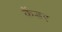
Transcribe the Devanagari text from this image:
कैंडर